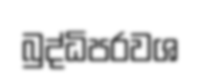
බුද්ධිපරවශ